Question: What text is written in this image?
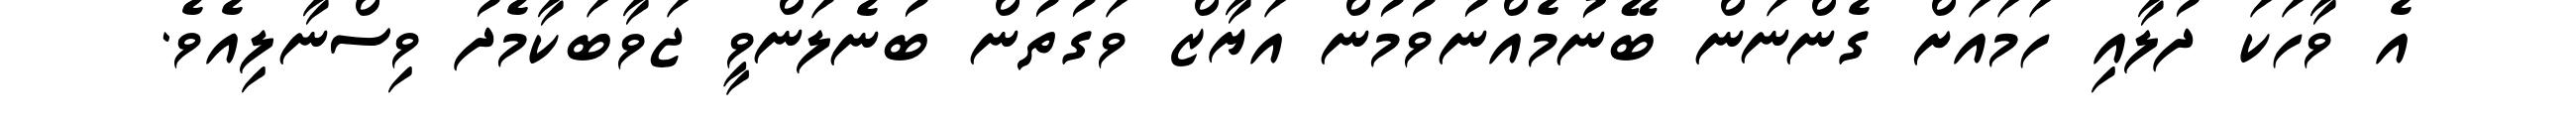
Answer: އެ ވާހަކަ ދުލާއި ހަމައަށް ގެންނަން ބޭނުމެއްނުވުމުން އަޔާޒް ވަގުތުން ބުނެލަންވީ ޖަވާބަކާމެދު ވިސްނާލިއެވެ.